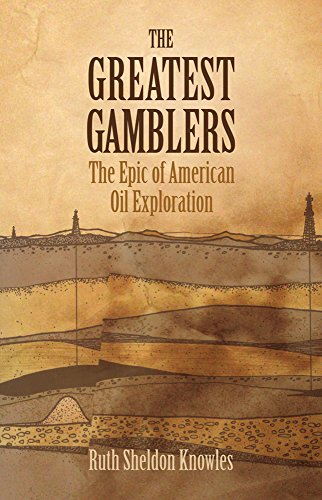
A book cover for The Greatest Gamblers: The Epic of American Oil Exploration; Ruth Sheldon Knowles; Business & Money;